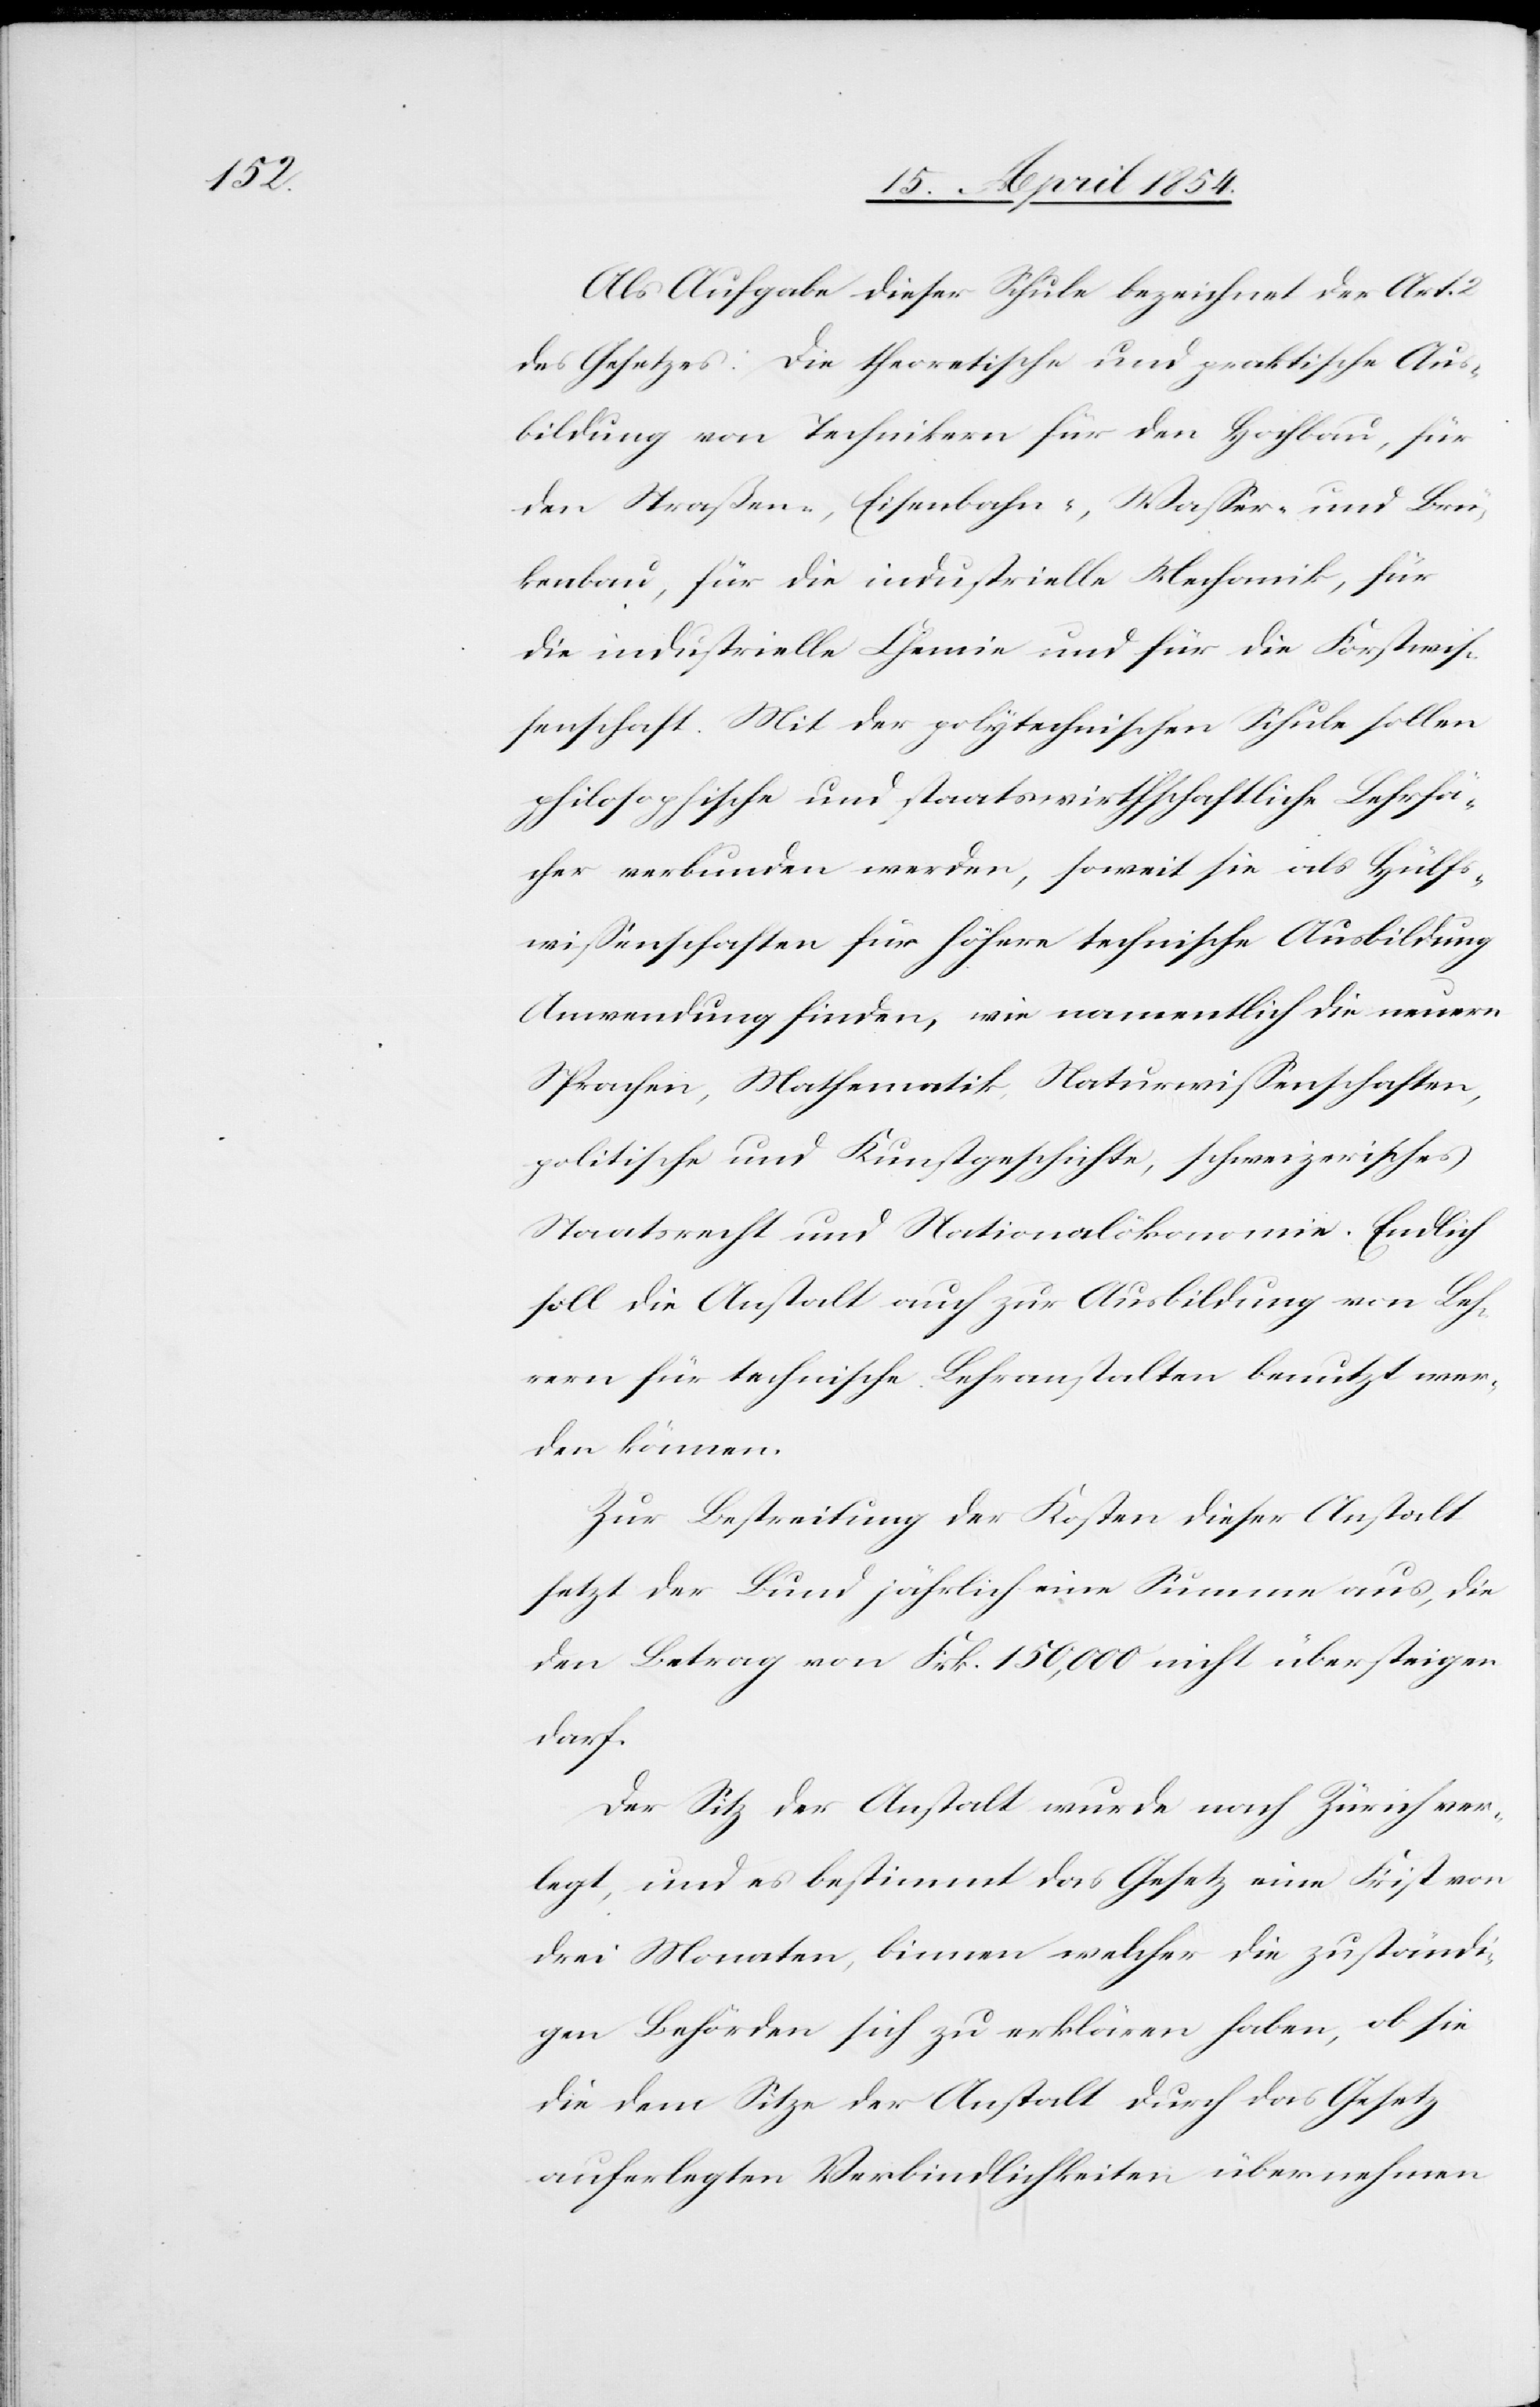
Als Aufgabe dieser Schule bezeichnet der Art.
Des Gesetzes: Die theoretische und praktische Aus¬
bildung von Technikern für den Hochbau, für
den Straßen-, Eisenbahn-, Waßer- und Brüc¬
kenbau, für die industrielle Mechanik, für
die industrielle Chemie und für die Forstwiß¬
enschaft. Mit der polytechnischen Schule sollen
philosophische und staatswirthschaftliche Lehrfä¬
cher verbunden werden, soweit sie als Hülfs¬
wißenschaften für höhere technische Ausbildung
Anwendung finden, wie namentlich die neuern
Sprachen, Mathematik, Naturwißenschaften,
politische und Kunstgeschichte, schweizerisches
Staatsrecht und Nationalökonomie. Endlich
soll die Anstalt auch zur Ausbildung von Leh¬
rern für technische Lehranstalten benutzt wer¬
den können.
Zur Bestreitung der Kosten dieser Anstalt
setzt der Bund jährlich eine Summe aus, die
den Betrag von Frk. 150,000 nicht übersteigen
darf.
Der Sitz der Anstalt wurde nach Zürich ver¬
legt, und es bestimmt das Gesetz eine Frist von
drei Monaten, binnen welcher die zuständi¬
gen Behörden sich zu erklären haben, ob sie
die dem Sitze der Anstalt durch das Gesetz
auferlegten Verbindlichkeiten übernehmen